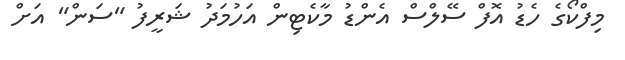
މިފްކޯގެ ހެޑު އޮފް ސޭލްސް އެންޑު މާކެޓިން އަހުމަދު ޝަރީފު "ސަން" އަށް